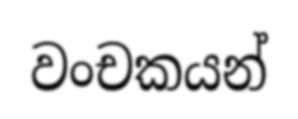
වංචකයන්